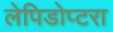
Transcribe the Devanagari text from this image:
लेपिडोप्टरा